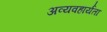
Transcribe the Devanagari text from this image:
अव्यवहार्यता